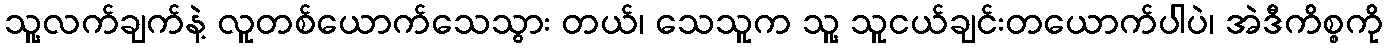
သူ့လက်ချက်နဲ့ လူတစ်ယောက်သေသွား တယ်၊ သေသူက သူ့ သူငယ်ချင်းတယောက်ပါပဲ၊ အဲဒီကိစ္စကို